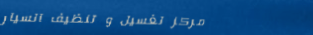
مركز لغسيل و تنظيف السيار